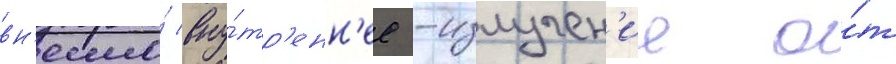
вн'есло́ вну́тр'енн'ее -излучен'ие о́т